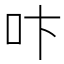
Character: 𠯴